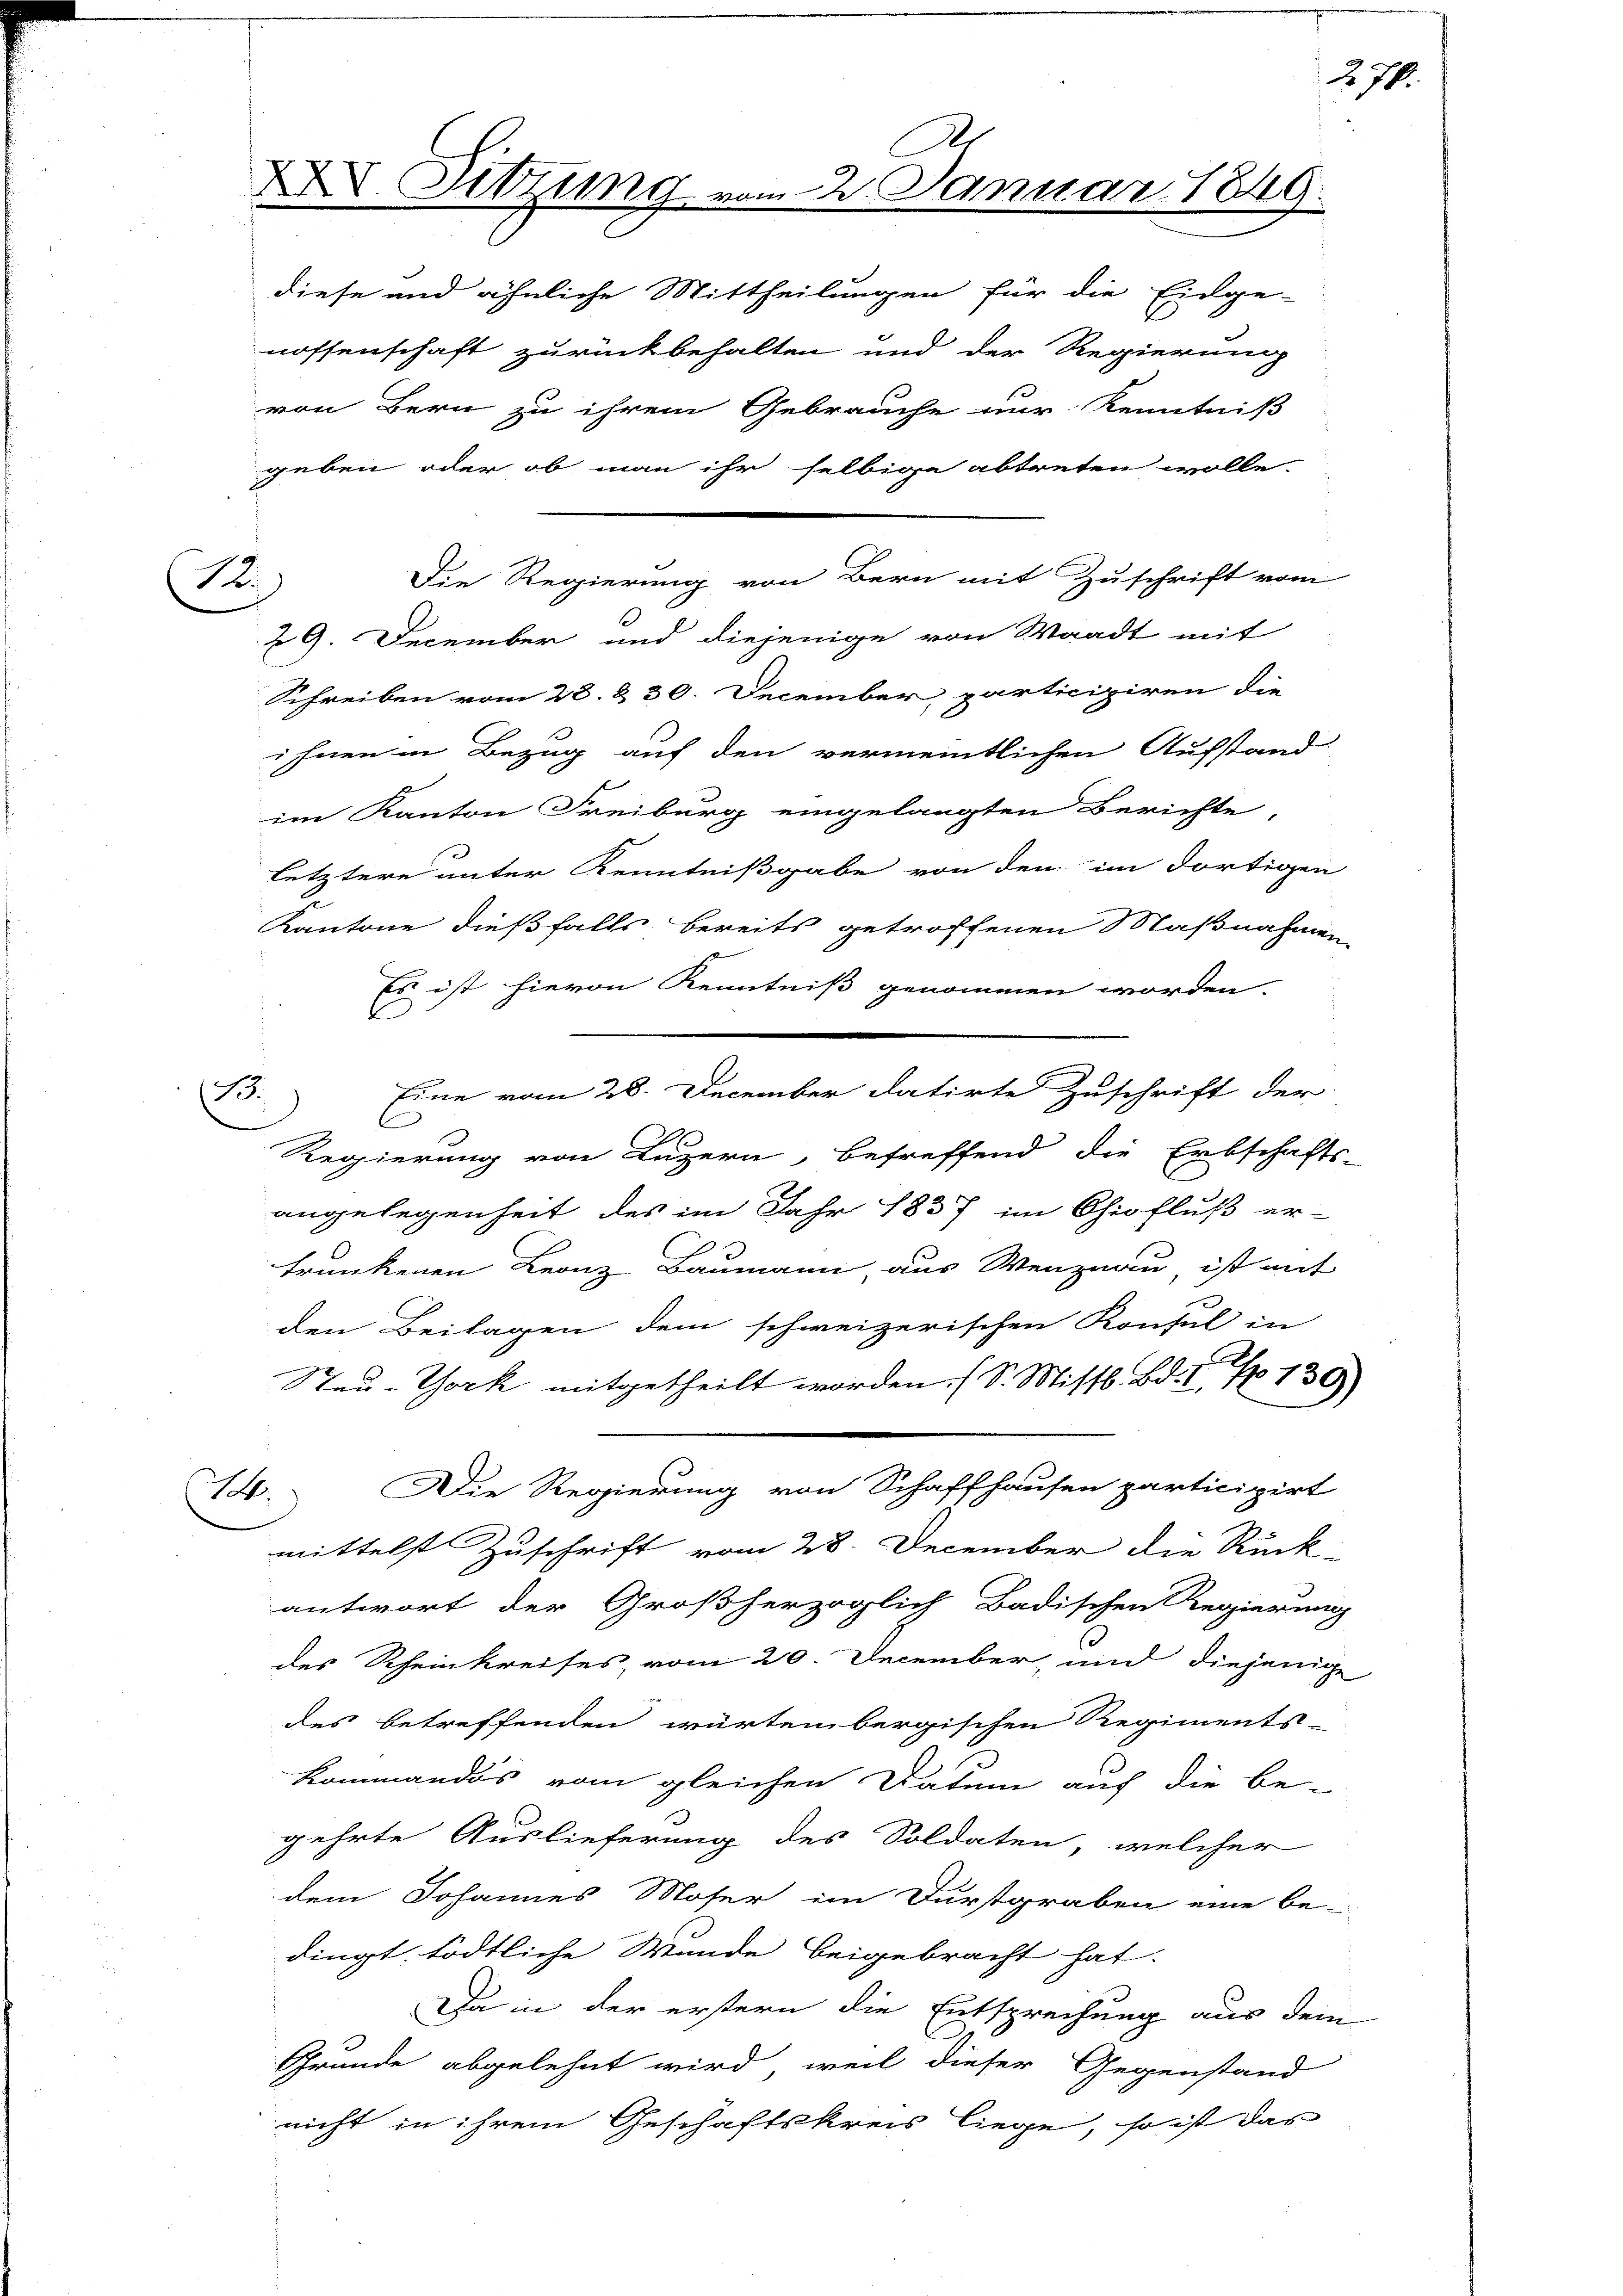
Die Regierung von Bern mit Zuschrift vom
12.
29. December und diejenige von Waadt mit

.

XX. Sitzung vom 2. Januar 1849.
diese und ähnliche Mittheilungen für die Eidge-

nossenschaft zurückbehalten und der Regierung
von Bern zu ihrem Gebrauche nur Kenntniß
geben oder ob man ihr selbige abtreten wolle.
Schreiben vom 23. & 30. December, participiren die
ihnen in Bezug auf den vermeintlichen Aufstand
im Kanton Freiburg eingelangten Berichte,
letztere unter Kenntnißgabe von den im dortigen
Kantone dießfalls bereits getroffenen Maßnahmen
Es ist hievon Kenntniß genommen worden.
d
Eine vom 28. December datirte Zuschrift der
C
Regierung von Luzern, betreffend die Erbschafts
angelegenheit des im Jahr 1837 im Chiofluß er-
trunkenen Leonz Baumann, aus Menznau, ist mit
den Beilagen dem schweizerischen Konsul in
Steu-York mitgetheilt worden. (S. Mittl. Bd. I, No 130
Die Regierung von Schaffhausen participirt
St.
mittelst Zuschrift vom 28. December die Rück-
antwort der Großherzoglich Badischen Regierung
des Rheinkreises, vom 20. December, und diejenige
des betreffenden würtembergischen Regiments-
Kommandos vom gleichen Datum auch die be-
gehrte Auslieferung des Soldaten, welcher
dem Johannes Moser im Durstgraben eine be-
dingt, tödtliche Wunde beigebracht hat.
Da in der erstern die Entsprechung aus dem
Gründe abgelehnt wird, weil dieser Gegenstand
nicht in ihrem Geschäftskreis liege, so ist das

276.